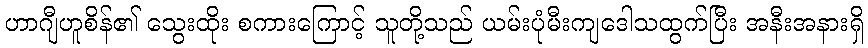
ဟာဂျီဟူစိန်၏ သွေးထိုး စကားကြောင့် သူတို့သည် ယမ်းပုံမီးကျဒေါသထွက်ပြီး အနီးအနားရှိ